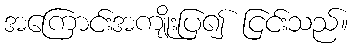
အကြောင်းအကျိုးပြ၍ ငြင်းသည်။